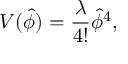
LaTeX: V ( \hat { \phi } ) = { \frac { \lambda } { 4 ! } } \hat { \phi } ^ { 4 } ,